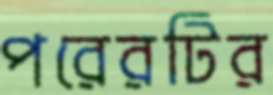
পরেরটির